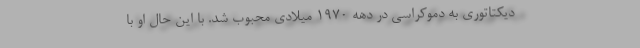
دیکتاتوری به دموکراسی در دهه 1970 میلادی محبوب شد. با این حال او با